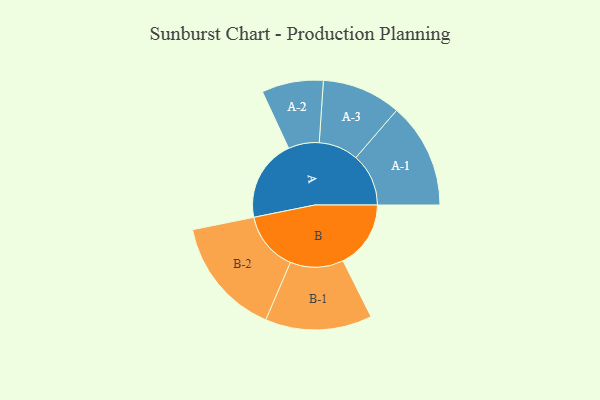
{"axis": {"x": "Segment", "y": "Value"}, "legend": ["", "A", "B"], "data": [{"x": "A", "y": 396, "type": ""}, {"x": "B", "y": 328, "type": ""}, {"x": "A-1", "y": 255, "type": "A"}, {"x": "A-2", "y": 149, "type": "A"}, {"x": "A-3", "y": 191, "type": "A"}, {"x": "B-1", "y": 258, "type": "B"}, {"x": "B-2", "y": 287, "type": "B"}]}